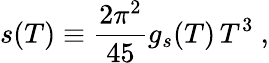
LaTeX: s(T)\equiv\frac{2\pi^{2}}{45}g_{s}(T)\, T^{3}\ ,